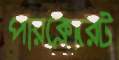
পারক্লোরেট